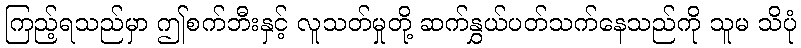
ကြည့်ရသည်မှာ ဤစက်ဘီးနှင့် လူသတ်မှုတို့ ဆက်နွှယ်ပတ်သက်နေသည်ကို သူမ သိပုံ